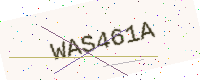
Text: WAS461A